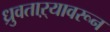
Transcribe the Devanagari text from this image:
ध्रुवताऱ्यावरून